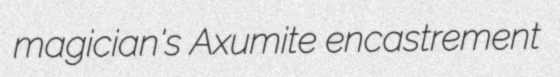
magician's Axumite encastrement